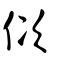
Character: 佽